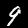
Label: 9